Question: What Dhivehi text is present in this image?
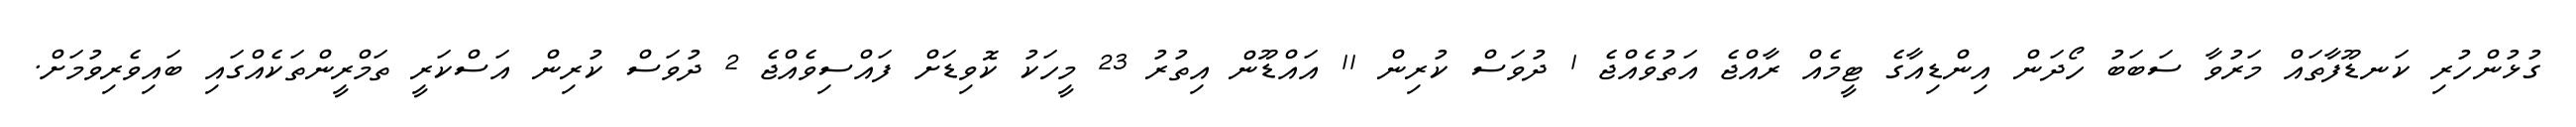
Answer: ގުޅުންހުރި ކަނޑޫފާތައް މަރުވާ ސަބަބު ހޯދަން އިންޑިއާގެ ޓީމެއް ރާއްޖެ އަތުވެއްޖެ 1 ދުވަސް ކުރިން 11 އައްޑޫން އިތުރު 23 މީހަކު ކޮވިޑަށް ފައްސިވެއްޖެ 2 ދުވަސް ކުރިން އަސްކަރީ ތަމްރީންތަކެއްގައި ބައިވެރިވުމަށް.